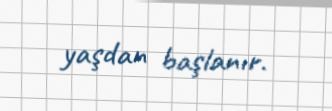
yaşdan başlanır.